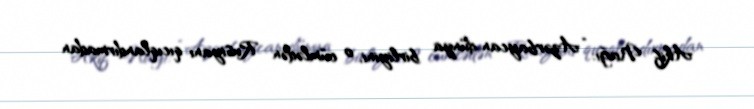
Akif Nağı: “Azərbaycan dünya birliyini, o cümlədən Rusiyanı qıcıqlandırmadan